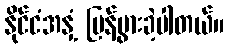
နိုင်ငံအနှံ့ ပြန့်ပွားခဲ့ပါတယ်။